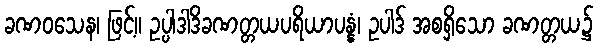
ခဏဝသေန၊ ဖြင့်။ ဥပ္ပါဒါဒိခဏတ္တယပရိယာပန္နံ၊ ဥပါဒ် အစရှိသော ခဏတ္တယ၌